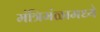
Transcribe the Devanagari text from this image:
मंत्रिमंळामध्ये